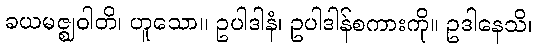
ခယမဇ္ဈဝါတိ၊ ဟူသော။ ဥပါဒါနံ၊ ဥပါဒါန်စကားကို။ ဥဒါနေသိ၊